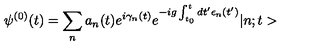
\psi ^ { ( 0 ) } ( t ) = \sum _ { n } a _ { n } ( t ) e ^ { i \gamma _ { n } ( t ) } e ^ { - i g \int _ { t _ { 0 } } ^ { t } d t ^ { \prime } \epsilon _ { n } ( t ^ { \prime } ) } | n ; t >